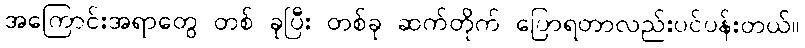
အကြောင်းအရာတွေ တစ် ခုပြီး တစ်ခု ဆက်တိုက် ပြောရတာလည်းပင်ပန်းတယ်။